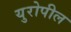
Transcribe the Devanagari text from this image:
युरोपील